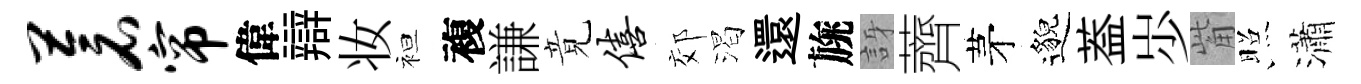
苍帘偉辯妆袒複謙竟僖郊渴還旐訝薺茅邈葢𡵯觜照瀟